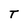
Character: T